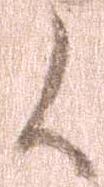
候